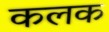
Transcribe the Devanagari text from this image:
कलक